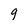
Character: 9